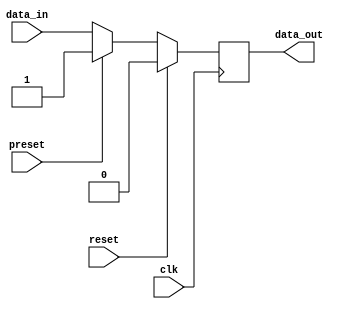
module flip_flop(
    input wire clk,
    input wire reset,
    input wire preset,
    input wire data_in,
    output reg data_out
);

// Internal signals
reg current_state;
reg next_state;

// Flip-flop logic
always @(posedge clk) begin
    if (reset) begin
        current_state <= 1'b0; // Reset state
    end else if (preset) begin
        current_state <= 1'b1; // Preset state
    end else begin
        current_state <= next_state;
    end
end

// Output logic
always @* begin
    if (reset) begin
        next_state = 1'b0; // Reset state
    end else if (preset) begin
        next_state = 1'b1; // Preset state
    end else begin
        next_state = data_in; // Set next state based on input
    end
end

// Output assignment
assign data_out = current_state;

endmodule